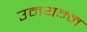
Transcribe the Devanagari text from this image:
उमयम्म